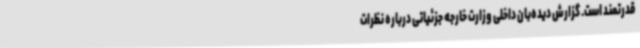
قدرتمند است. گزارش دیده‌بان داخلی وزارت خارجه جزئیاتی درباره نظرات